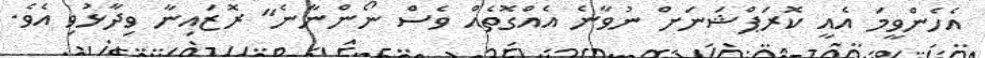
އެހެންވީމަ އެއީ ކޮރަޕްޝަނަށް ނުވާނެ އެއްގޮތެއް ވެސް ނޯންނާނެ" ރޮޒައިނާ ވިދާޅުވި އެވެ.